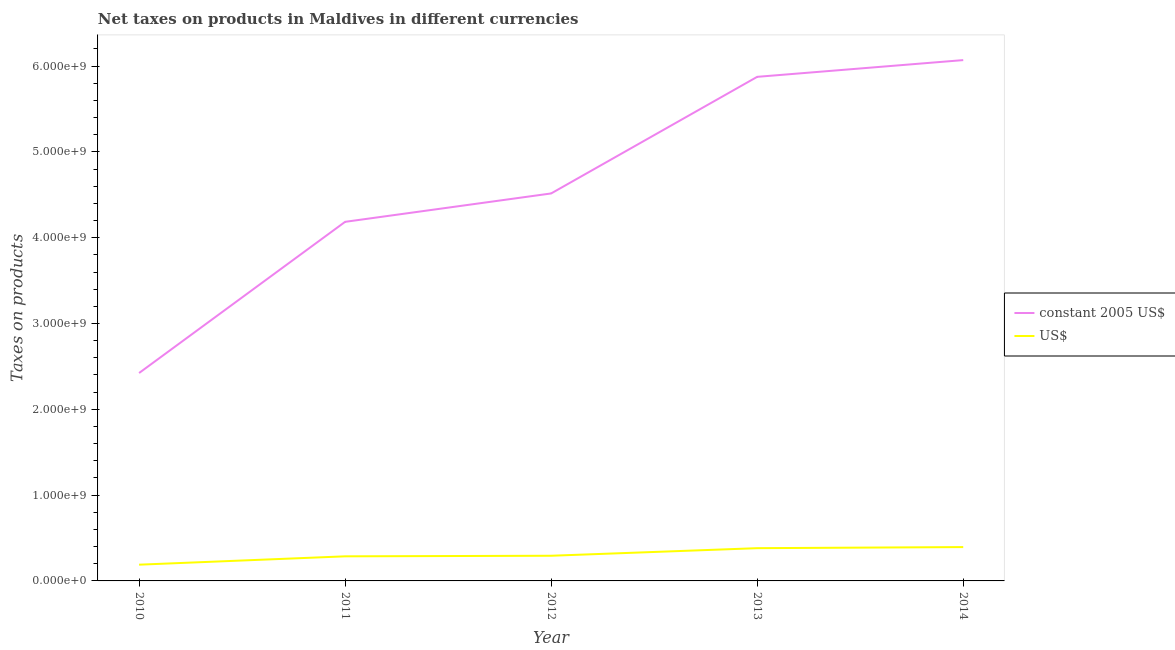
| Year | constant 2005 US$ | US$ |
 | --- | --- | --- |
 | 2010 | 2.42e+09 | 1.89e+08 |
 | 2011 | 4.18e+09 | 2.87e+08 |
 | 2012 | 4.52e+09 | 2.93e+08 |
 | 2013 | 5.88e+09 | 3.82e+08 |
 | 2014 | 6.07e+09 | 3.94e+08 |